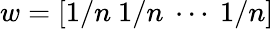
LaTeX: w=[1/n~1/n~\cdots~1/n]